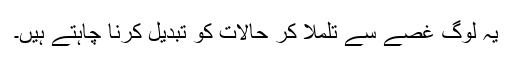
یہ لوگ غصے سے تلملا کر حالات کو تبدیل کرنا چاہتے ہیں۔